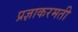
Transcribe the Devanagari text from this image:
प्रज्ञाकरमती